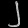
Digit: ၂